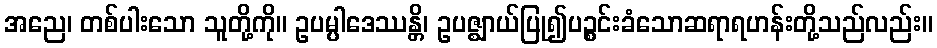
အညေ၊ တစ်ပါးသော သူတို့ကို။ ဥပမ္ပါဒေဿန္တိ၊ ဥပဇ္ဈာယ်ပြု၍ပဉ္စင်းခံသောဆရာရဟန်းတို့သည်လည်း။